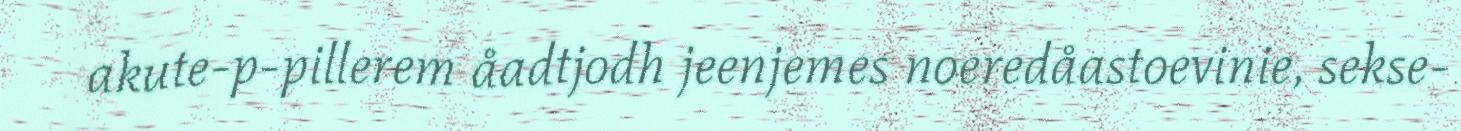
akute-p-pillerem åadtjodh jeenjemes noeredåastoevinie, sekse-